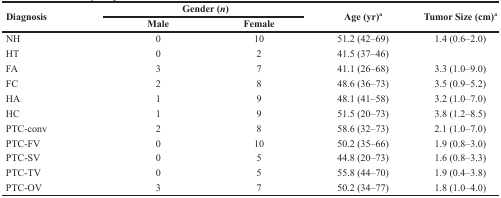
<table><thead><tr><td rowspan="2"><b>Diagnosis</b></td><td colspan="2"><b>Gender (<i>n</i>)</b></td><td rowspan="2"><b>Age (yr)<sup>a</sup></b></td><td rowspan="2"><b>Tumor Size (cm)<sup>a</sup></b></td></tr><tr><td><b>Male</b></td><td><b>Female</b></td></tr></thead><tbody><tr><td>NH</td><td>0</td><td>10</td><td>51.2 (42–69)</td><td>1.4 (0.6–2.0)</td></tr><tr><td>HT</td><td>0</td><td>2</td><td>41.5 (37–46)</td><td></td></tr><tr><td>FA</td><td>3</td><td>7</td><td>41.1 (26–68)</td><td>3.3 (1.0–9.0)</td></tr><tr><td>FC</td><td>2</td><td>8</td><td>48.6 (36–73)</td><td>3.5 (0.9–5.2)</td></tr><tr><td>HA</td><td>1</td><td>9</td><td>48.1 (41–58)</td><td>3.2 (1.0–7.0)</td></tr><tr><td>HC</td><td>1</td><td>9</td><td>51.5 (20–73)</td><td>3.8 (1.2–8.5)</td></tr><tr><td>PTC-conv</td><td>2</td><td>8</td><td>58.6 (32–73)</td><td>2.1 (1.0–7.0)</td></tr><tr><td>PTC-FV</td><td>0</td><td>10</td><td>50.2 (35–66)</td><td>1.9 (0.8–3.0)</td></tr><tr><td>PTC-SV</td><td>0</td><td>5</td><td>44.8 (20–73)</td><td>1.6 (0.8–3.3)</td></tr><tr><td>PTC-TV</td><td>0</td><td>5</td><td>55.8 (44–70)</td><td>1.9 (0.4–3.8)</td></tr><tr><td>PTC-OV</td><td>3</td><td>7</td><td>50.2 (34–77)</td><td>1.8 (1.0–4.0)</td></tr></tbody></table>